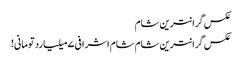
عکس گرانترین شام
عکس گرانترین شام	شام اشرافی ۷ میلیارد تومانی!